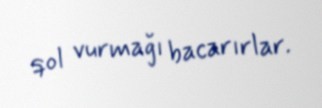
qol vurmağı bacarırlar.